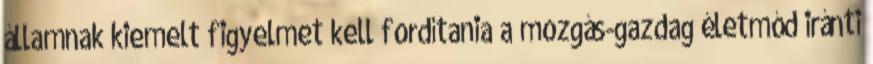
államnak kiemelt figyelmet kell fordítania a mozgás-gazdag életmód iránti